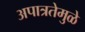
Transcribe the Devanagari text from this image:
अपात्रतेमुळे